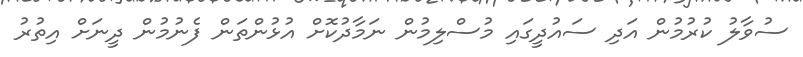
ސުވާލު ކުރުމުން އަދި ސައުދީގައި މުސްލިމުން ނަމާދުކޮށް އުޅުންތަން ފެނުމުން ދީނަށް އިތުރު